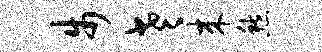
步老来愁